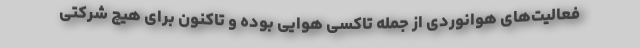
فعالیت‌های هوانوردی از جمله تاکسی هوایی بوده و تاکنون برای هیچ شرکتی